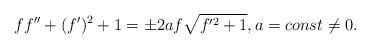
LaTeX: \begin{align*} f f''+(f')^2 + 1= \pm 2a f \sqrt{f'^2 + 1}, a = const \neq 0.\end{align*}